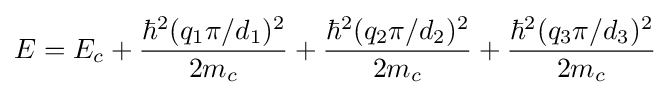
E=E_{c}+{\hbar ^{2}(q_{1}\pi /d_{1})^{2} \over 2m_{c}}+{\hbar ^{2}(q_{2}\pi /d_{2})^{2} \over 2m_{c}}+{\hbar ^{2}(q_{3}\pi /d_{3})^{2} \over 2m_{c}}